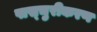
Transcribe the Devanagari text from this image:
पास्चुरीकरण